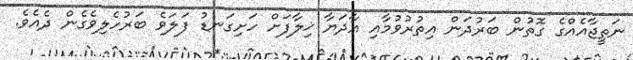
ނަތީޖާއެއްގެ ގޮތުން ބަރުދަން އިތުރުވުމާއި އާދަޔާ ޚިލާފަށް ހަށިގަނޑު ފަލަވެ ބަރުހެލިވެގެން ދެއެވެ.